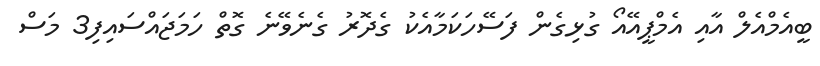
ބީއެމްއެލް އާއި އެމްޕީއޭއޯ ގުޅިގެން ފަސޭހަކަމާއެކު ގެދޮރު ގެނެވޭނެ ގޮތް ހަމަޖައްސައިފި3 މަސް